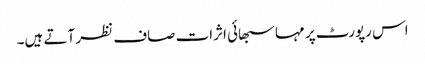
اس رپورٹ پر مہاسبھائی اثرات صاف نظر آتے ہیں۔